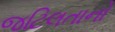
જટિલતાનો